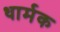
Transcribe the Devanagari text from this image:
धार्मक